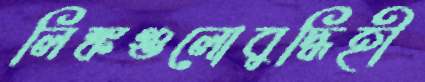
লিঙ্কগুলোবুদ্ধিহী